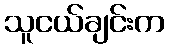
သူငယ်ချင်းက